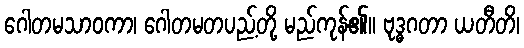
ဂေါတမသာဝကာ၊ ဂေါတမတပည့်တို့ မည်ကုန်၏။ ဗုဒ္ဓဂတာ ယတီတိ၊